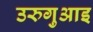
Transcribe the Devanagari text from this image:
उरुगुआइ